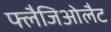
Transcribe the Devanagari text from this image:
फ्लैजिओलैट